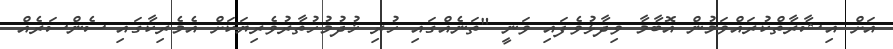
އަށް އިޝާރާތްކުރައްވަމުން އޮބާމާ ވިދާޅުވެފައި ވަނީ "ތަނެއްގައި ހުރި ޚުދުމުހުތާރުވެރިޔަކަށް އެމެރިކާގައި ސެންސަރެއް